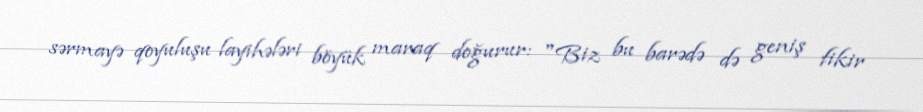
sərmayə qoyuluşu layihələri böyük maraq doğurur: "Biz bu barədə də geniş fikir